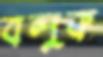
বলুক